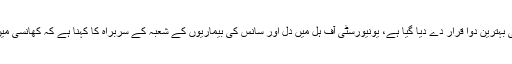
برطانیہ میں ہونیوالی تازہ تحقیق میں چاکلیٹ کو کھانسی کی بہترین دوا قرار دے دیا گیا ہے، یونیورسٹی آف ہل میں دل اور سانس کی بیماریوں کے شعبہ کے سربراہ کا کہنا ہے کہ کھانسی میں چاکلیٹ کھانے سے کھانسی کافی حد تک کم ہوجاتی ہے۔